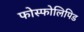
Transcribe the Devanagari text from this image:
फोस्फोलिपिड